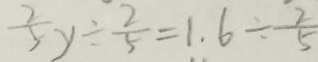
\frac { 2 } { 5 } y \div \frac { 2 } { 5 } = 1 . 6 \div \frac { 2 } { 5 }